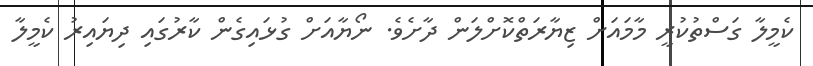
ކެމީލާ ގަސްތުކުރީ މާމައަށް ޒިޔާރަތްކޮށްލަން ދާށެވެ. ނޯޔާއަށް ގުޅައިގެން ކާރުގައި ދިޔައިރު ކެމީލާ